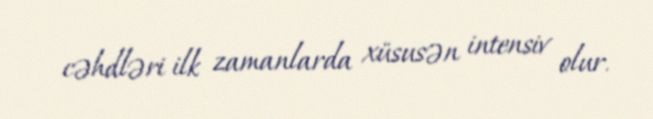
cəhdləri ilk zamanlarda xüsusən intensiv olur.